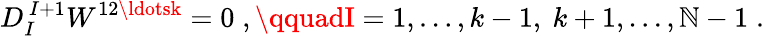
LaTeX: D_{I}^{\, I+1}W^{12\ldotsk}=0\; ,\qquadI=1,\ldots,k-1,\ k+1,\ldots,\mathbb{N}-1\; .